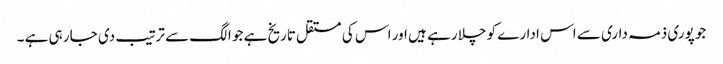
جو پوری ذمہ داری سے اس ادارے کو چلا رہے ہیں اور اس کی مستقل تاریخ ہے جو الگ سے ترتیب دی جا رہی ہے ۔